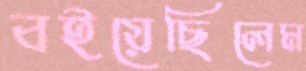
বইয়েছিলেম